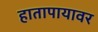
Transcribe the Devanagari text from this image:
हातापायावर